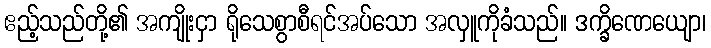
ဧည့်သည်တို့၏ အကျိုးငှာ ရိုသေစွာစီရင်အပ်သော အလှူကိုခံသည်။ ဒက္ခိဏေယျော၊